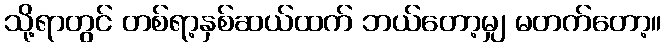
သို့ရာတွင် တစ်ရာ့နှစ်ဆယ်ထက် ဘယ်တော့မျှ မတက်တော့။